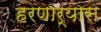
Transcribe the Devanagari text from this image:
हरणार्‍यास